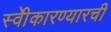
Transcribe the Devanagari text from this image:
स्वीेकारण्यारची